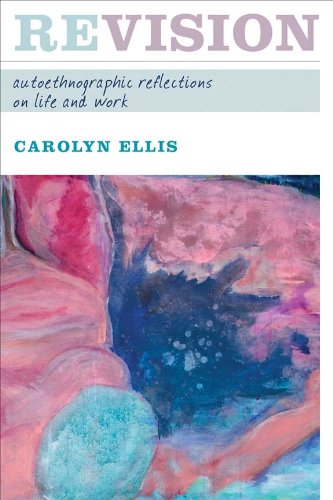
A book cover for REVISION: AUTOETHNOGRAPHIC REFLECTIONS ON LIFE AND WORK (Writing Lives); Carolyn Ellis; Biographies & Memoirs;